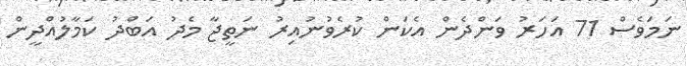
ނަމަވެސް 71 އަހަރު ވަންދެން އެކަން ކުރެވުނުއިރު ނަތީޖާ މެދު އަބްދު ކަމާލުއްދީން